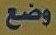
وضع